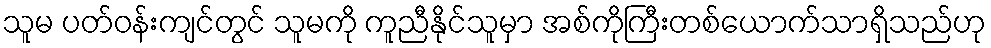
သူမ ပတ်ဝန်းကျင်တွင် သူမကို ကူညီနိုင်သူမှာ အစ်ကိုကြီးတစ်ယောက်သာရှိသည်ဟု